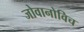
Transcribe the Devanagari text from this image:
जोवानोविच